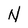
Character: N